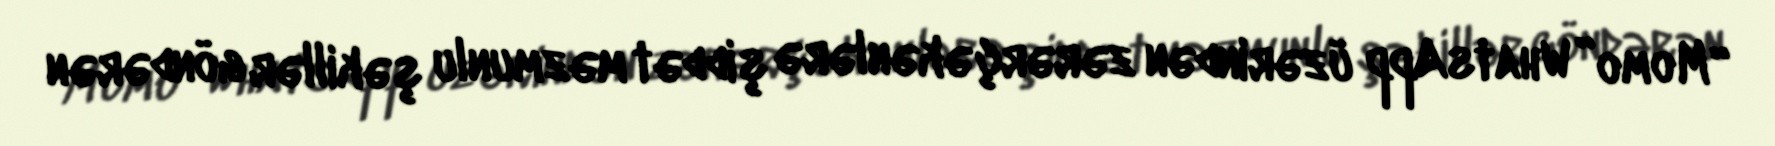
“Momo” WhatsApp üzərindən zərərçəkənlərə şiddət məzmunlu şəkillər göndərən